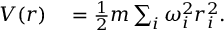
\begin{array} { r l } { V ( \boldsymbol { r } ) } & { { } = \frac { 1 } { 2 } m \sum _ { i } \omega _ { i } ^ { 2 } r _ { i } ^ { 2 } . } \end{array}